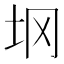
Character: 𰉙